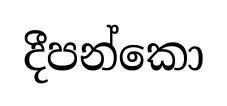
දීපන්කො